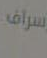
يسرك